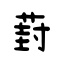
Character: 葑